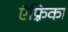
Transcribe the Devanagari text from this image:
ऍफ़्रिका